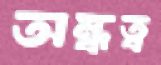
অন্ধত্ব